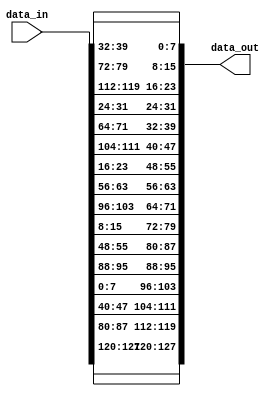
module shift_rows(data_in,data_out);
    input[127:0] data_in;       // sbyte_out is input
    output reg[127:0] data_out; // 128 bit row shifted output of sbyte
    
    // Shift by 0 unit taking 8 bit as a single block
    assign data_out[127:120] = data_in[127:120];
    assign data_out[119:112] = data_in[87:80];
    assign data_out[111:104] = data_in[47:40];
    assign data_out[103:96] = data_in[7:0];

    // Shift by 1 unit
    assign data_out[95:88] = data_in[95:88];
    assign data_out[87:80] = data_in[55:48];
    assign data_out[79:72] = data_in[15:8];
    assign data_out[71:64] = data_in[103:96];

    // Shift by 2 unit
    assign data_out[63:56] = data_in[63:56];
    assign data_out[55:48] = data_in[23:16];
    assign data_out[47:40] = data_in[111:104];
    assign data_out[39:32] = data_in[71:64];

    // Shift by 3 unit
    assign data_out[31:24] = data_in[31:24];
    assign data_out[23:16] = data_in[119:112];
    assign data_out[15:8] = data_in[79:72];
    assign data_out[7:0] = data_in[39:32];

endmodule